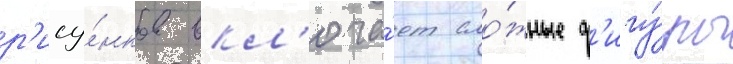
р'ису́нков вкл'юча́ет сло́жные ф'игу́ры